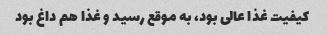
کیفیت غذا عالی بود، به موقع رسید و غذا هم داغ بود